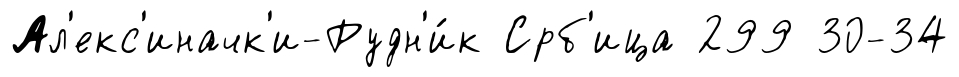
Ал'екс'иначк'и-Рудн'и́к Срб'ица 299 30-34